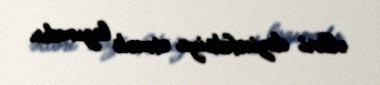
əlləri dezinfeksiya etmək lazımdır.